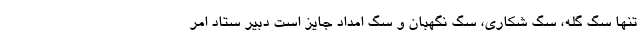
تنها سگ گله، سگ شکاری، سگ نگهبان و سگ امداد جایز است دبیر ستاد امر